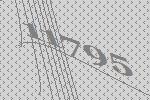
11795